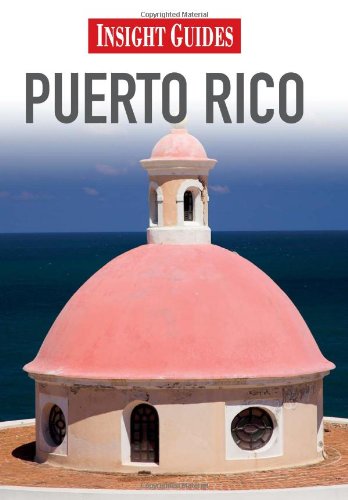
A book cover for Puerto Rico (Insight Guides); Sarah Cameron; Travel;